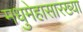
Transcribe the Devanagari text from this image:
मधुमेहासारख्या